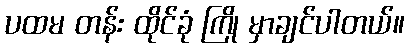
ပထမ တန်း ထိုင်ခုံ ကြို မှာချင်ပါတယ်။